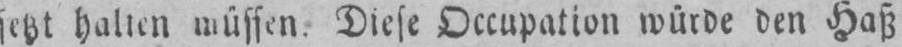
setzt halten müssen. Diese Occupation würde den Haß